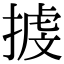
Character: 㨜